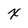
Character: x